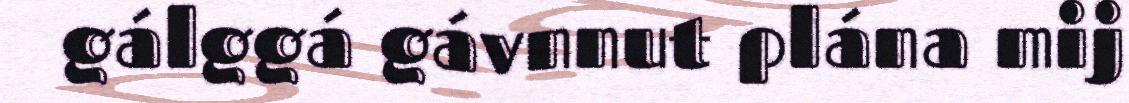
gálggá gávnnut plána mij